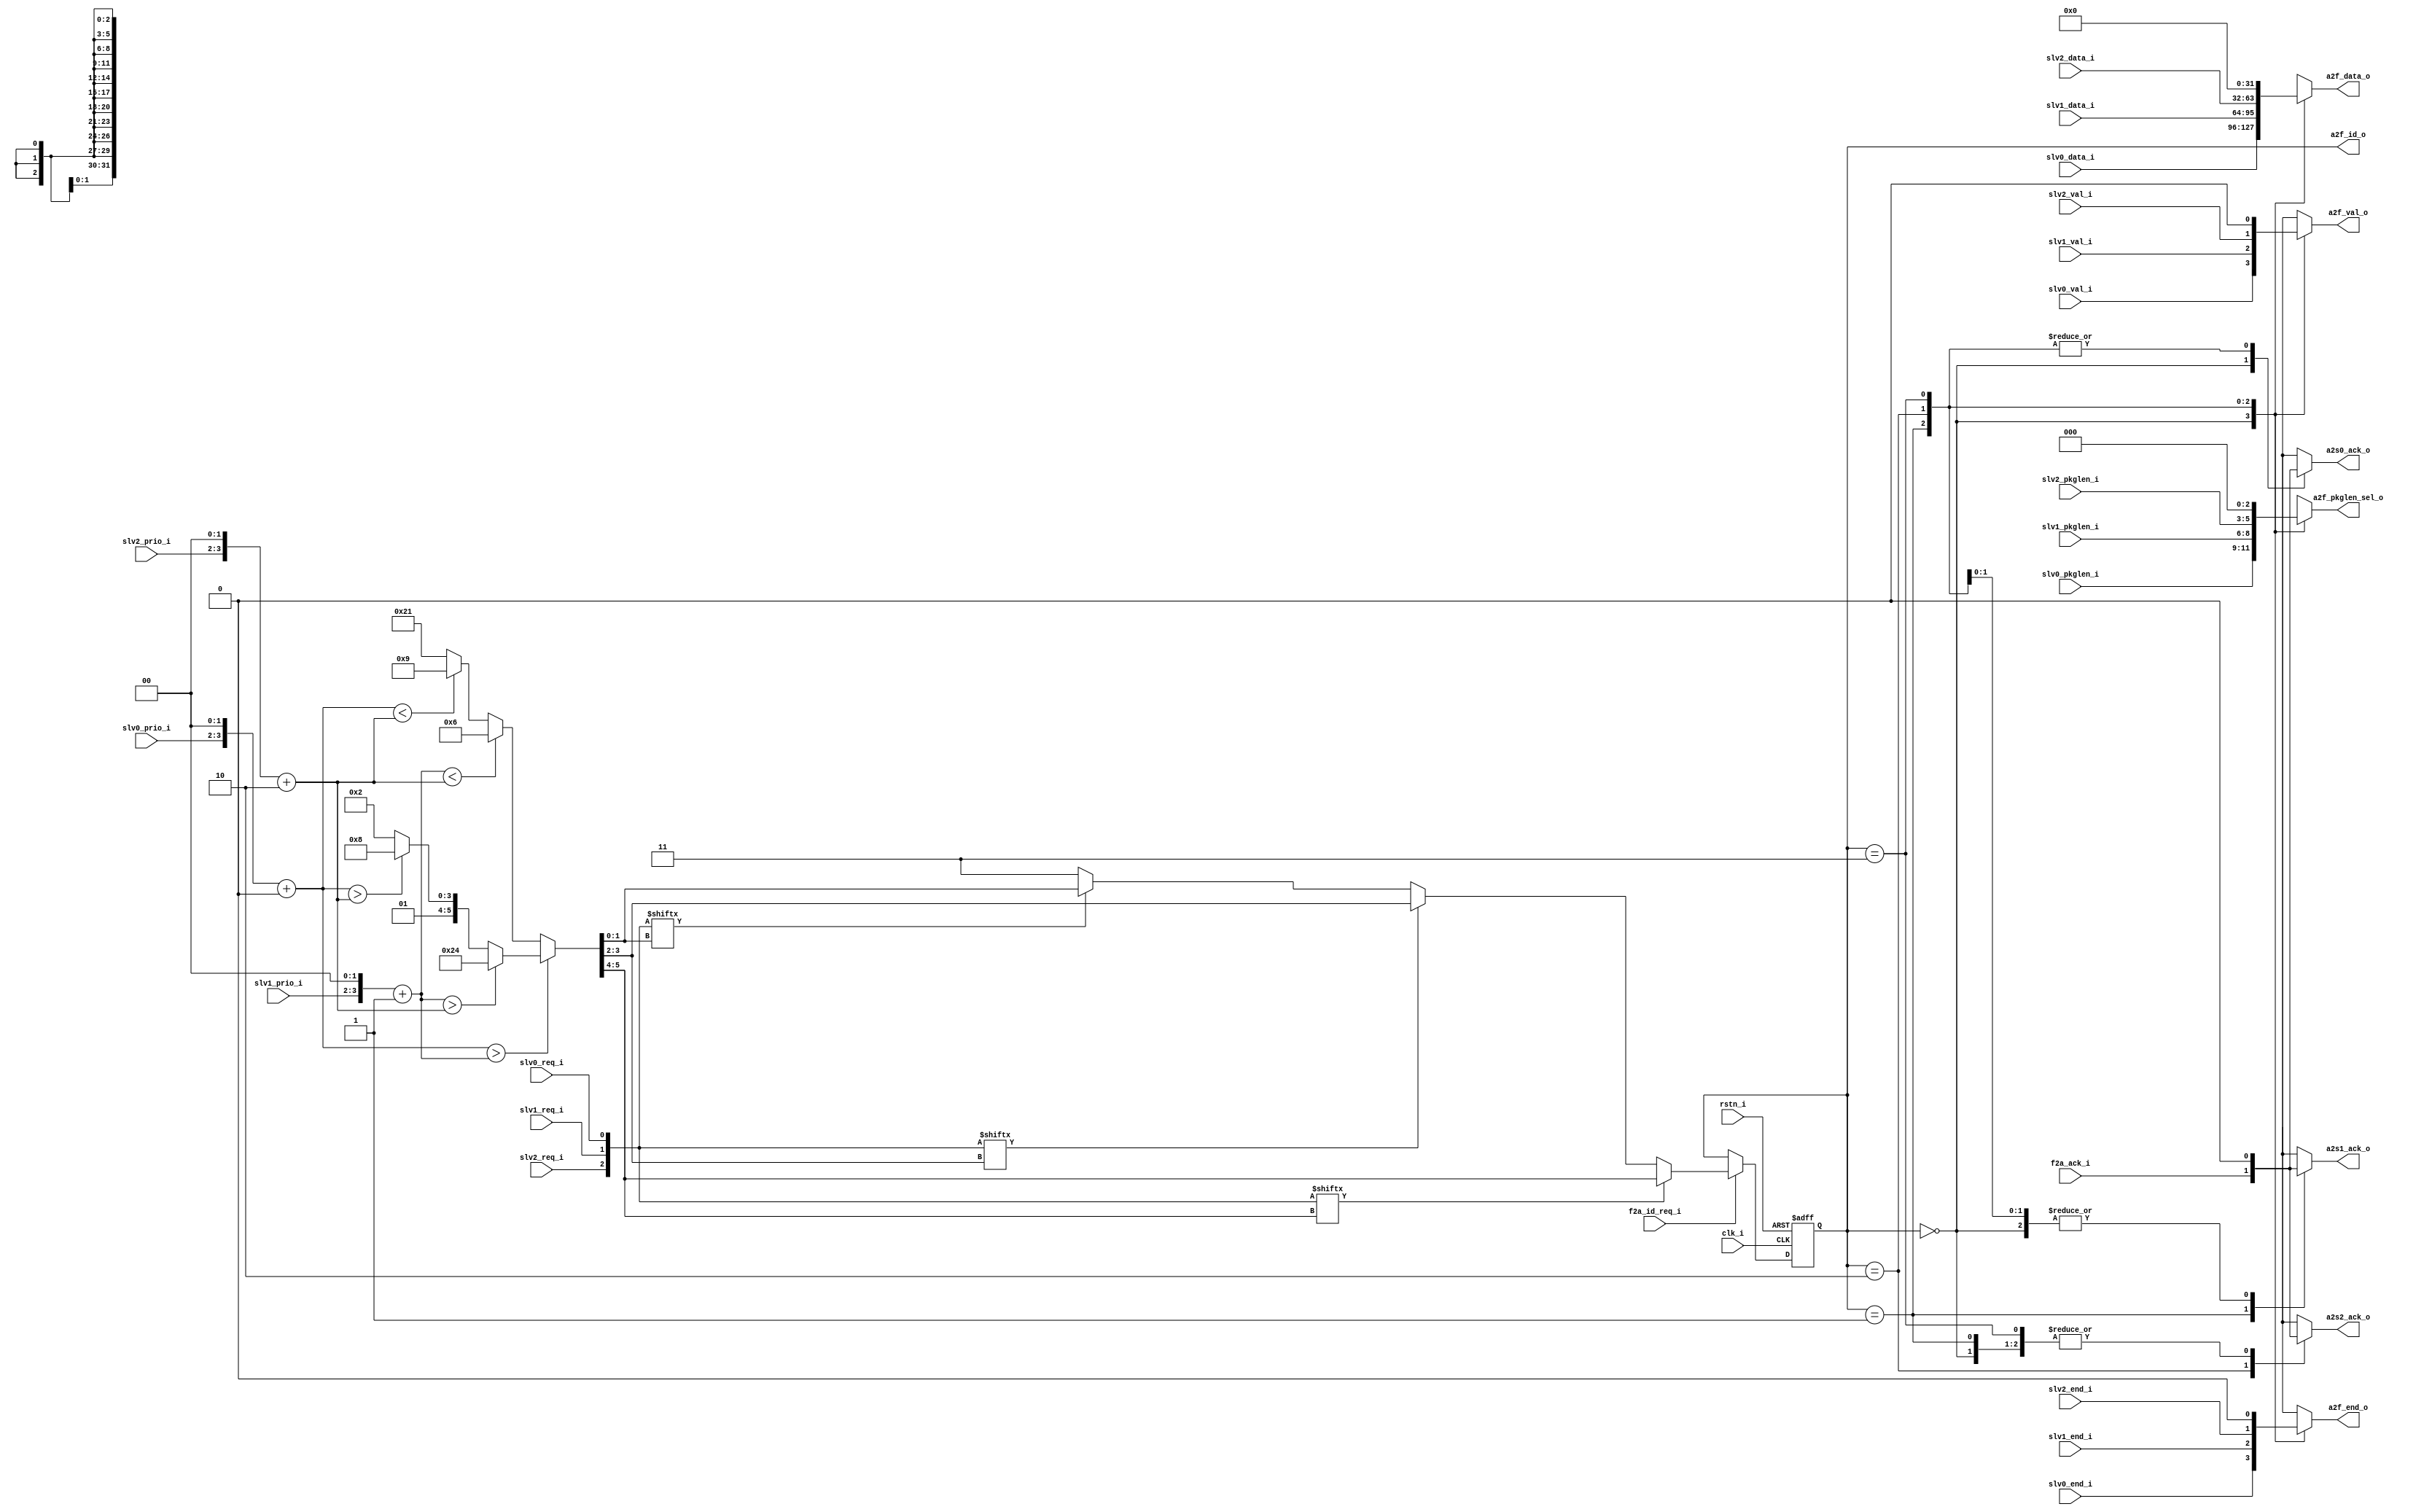
/*************************<MCDF>*********************/
`timescale 1ns/100ps
/*************************<>*********************/
module arbiter
(
//Input
    input   wire            clk_i,
                            rstn_i,
/*******************<control register >*******/
    input   wire    [1:0]   slv0_prio_i,
                            slv1_prio_i,
                            slv2_prio_i,
    input   wire    [2:0]   slv0_pkglen_i,
                            slv1_pkglen_i,
                            slv2_pkglen_i,
/*******************<slave >*********************/
    input   wire    [31:0]  slv0_data_i,
                            slv1_data_i,
                            slv2_data_i,
    input   wire            slv0_req_i,
                            slv1_req_i,
                            slv2_req_i,    
                            slv0_val_i,
                            slv1_val_i,
                            slv2_val_i,
                            
    input   wire            slv0_end_i,           //!!!
    input   wire            slv1_end_i,           //!!!
    input   wire            slv2_end_i,           //!!!
/*******************<formatter >*********************/    
    input   wire            f2a_id_req_i,       //formatter
                            f2a_ack_i,
//Output
/*******************<slave >*********************/    
    output  reg             a2s0_ack_o,         //[-slv]f2a_ack_i
                            a2s1_ack_o,
                            a2s2_ack_o,
/*******************<formatter >*********************/
                            a2f_val_o,          //[-slv]slvx_val_i,
    output  reg     [1:0]   a2f_id_o,           //
    output  reg     [31:0]  a2f_data_o,         //[-slv]slvx_data_i
    output  reg     [2:0]   a2f_pkglen_sel_o,    //[-slv]slvx_pkglen_i

    output  reg             a2f_end_o           //!!!
);
/*****************<>*********************/
wire    [3:0]   ch0_prio_syn,//
                ch1_prio_syn,
                ch2_prio_syn;
reg     [5:0]   channel_prio;//[5:4][32][10]
wire    [2:0]   slvx_req;//,!!!
assign  slvx_req[0]=slv0_req_i;
assign  slvx_req[1]=slv1_req_i;
assign  slvx_req[2]=slv2_req_i;
/*****************<>*********************/
assign ch0_prio_syn=({2'b0,slv0_prio_i}<<2)+'d0;//[3:2prio][10prio32]
assign ch1_prio_syn=({2'b0,slv1_prio_i}<<2)+'d1;
assign ch2_prio_syn=({2'b0,slv2_prio_i}<<2)+'d2;
/*****************<>*********************/
//
always @(*) begin//
    if(ch0_prio_syn>ch1_prio_syn)begin
        if(ch1_prio_syn>ch2_prio_syn)
            channel_prio<=6'b10_01_00;
        else begin
            if(ch0_prio_syn>ch2_prio_syn)
                channel_prio<=6'b01_10_00;
            else
                channel_prio<=6'b01_00_10;
        end
    end
    else begin
        if(ch1_prio_syn<ch2_prio_syn)
            channel_prio<=6'b00_01_10;
        else begin
            if(ch0_prio_syn<ch2_prio_syn)
                channel_prio<=6'b00_10_01;
            else
                channel_prio<=6'b10_00_01;
        end        
    end
end
/*****************<>*********************/
// a2f_id_o !!!11
always @(posedge clk_i or negedge rstn_i) begin
    if(~rstn_i)begin//0
        a2f_id_o<=2'b11;//default0
    end
    else if(f2a_id_req_i)begin//(formatter)!!!f2a_id_req_i
        if(slvx_req[channel_prio[5:4]])//slave
            a2f_id_o<=channel_prio[5:4];
        else if(slvx_req[channel_prio[3:2]])
            a2f_id_o<=channel_prio[3:2];
        else if(slvx_req[channel_prio[1:0]])
            a2f_id_o<=channel_prio[1:0];
        else
            a2f_id_o<=2'b11;
    end
    else
        a2f_id_o<=a2f_id_o;
end

/*****************<>*********************/
always @(*) begin
    case(a2f_id_o)
    2'b00:begin
        a2f_val_o=slv0_val_i;
        a2f_data_o=slv0_data_i;  
        a2f_pkglen_sel_o=slv0_pkglen_i;
        
        a2s0_ack_o=f2a_ack_i;
        a2s1_ack_o=0;
        a2s2_ack_o=0;

        a2f_end_o=slv0_end_i;
    end

    2'b01:begin
        a2f_val_o=slv1_val_i;
        a2f_data_o=slv1_data_i; 
        a2f_pkglen_sel_o=slv1_pkglen_i; 
        
        a2s0_ack_o=0;
        a2s1_ack_o=f2a_ack_i;
        a2s2_ack_o=0;

        a2f_end_o=slv1_end_i;
    end

    2'b10:begin
        a2f_val_o=slv2_val_i;
        a2f_data_o=slv2_data_i; 
        a2f_pkglen_sel_o=slv2_pkglen_i;
        
        a2s0_ack_o=0;
        a2s1_ack_o=0;
        a2s2_ack_o=f2a_ack_i;

        a2f_end_o=slv2_end_i;
    end

    2'b11:begin//default
        a2f_val_o=0;
        a2f_data_o=0; 
        a2f_pkglen_sel_o=0;
        
        a2s0_ack_o=0;
        a2s1_ack_o=0;
        a2s2_ack_o=0;

        a2f_end_o=0;
    end
    endcase
end
endmodule